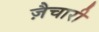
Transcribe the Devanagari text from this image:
ज़ैचारी